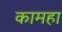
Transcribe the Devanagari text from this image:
कामहा